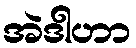
အဲဒါဟာ